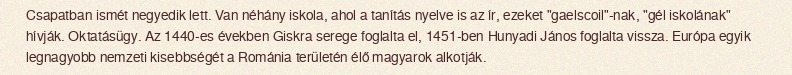
Csapatban ismét negyedik lett. Van néhány iskola, ahol a tanítás nyelve is az ír, ezeket "gaelscoil"-nak, "gél iskolának" hívják. Oktatásügy. Az 1440-es években Giskra serege foglalta el, 1451-ben Hunyadi János foglalta vissza. Európa egyik legnagyobb nemzeti kisebbségét a Románia területén élő magyarok alkotják.